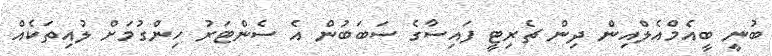
ބުނީ ބީއެމްއެލްއިން ދިން ޗެރިޓީ ފައިސާގެ ސަބަބުން އެ ސެންޓަރު ހިންގުމަށް ލުއިތަކެއް